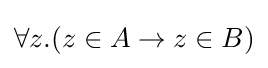
\forall z.(z\in A\to z\in B)